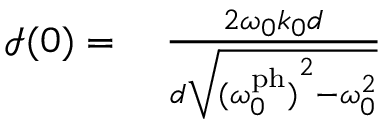
\begin{array} { r l } { \mathcal { I } ( 0 ) = } & { { } \; \frac { 2 \omega _ { 0 } k _ { 0 } d } { d \sqrt { { ( \omega _ { 0 } ^ { \mathrm { p h } } ) } ^ { 2 } - \omega _ { 0 } ^ { 2 } } } } \end{array}